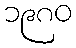
၁၉၈၀